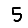
Digit: 5